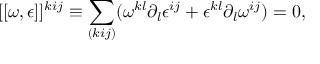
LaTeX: [ [ \omega , \epsilon ] ] ^ { k i j } \equiv \sum _ { ( k i j ) } ( \omega ^ { k l } \partial _ { l } \epsilon ^ { i j } + \epsilon ^ { k l } \partial _ { l } \omega ^ { i j } ) = 0 ,